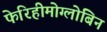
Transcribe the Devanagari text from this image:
फेरिहीमोग्लोबिन